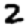
Digit: 2